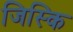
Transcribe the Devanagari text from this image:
जिस्कि